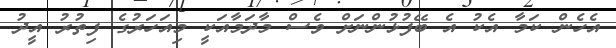
އެހެން ކަމާ އެކު އެ ބޭފުޅުންނަށް ވެސް މާދަމާއަކީ މިއަހަރުގެ ފިތުރު އީދު